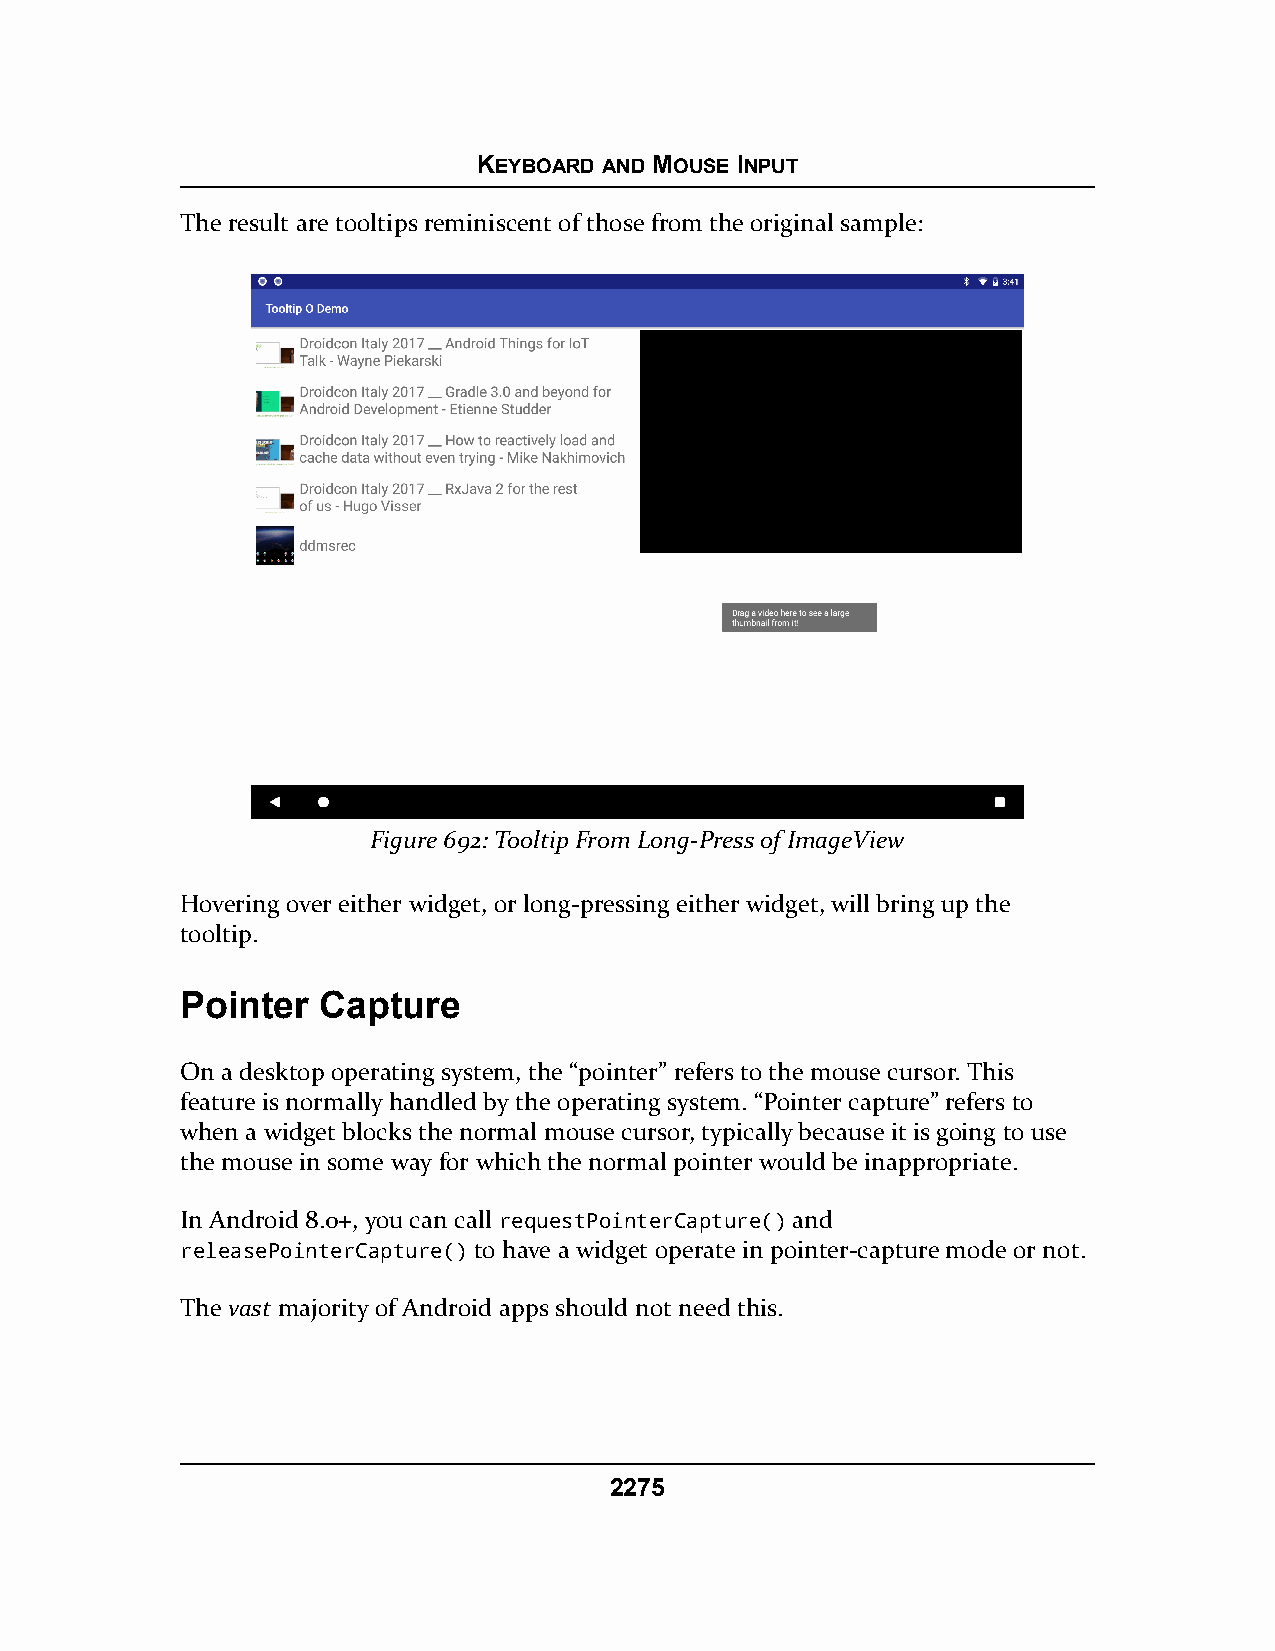
KEYBOARD AND MOUSE INPUT
 The result are tooltips reminiscent of those from the original sample:
 Figure 692: Tooltip From Long-Press of ImageView
 Hovering over either widget, or long-pressing either widget, will bring up the
 tooltip.
 Pointer  Capture
 On a desktop operating system, the “pointer” refers to the mouse cursor. This
 feature is normally handled by the operating system. “Pointer capture” refers to
 when a widget blocks the normal mouse cursor, typically because it is going to use
 the mouse in some way for which the normal pointer would be inappropriate.
 In Android 8.0+, you can call requestPointerCapture() and
 releasePointerCapture() to have a widget operate in pointer-capture mode or not.
 The vast majority of Android apps should not need this.
 2275